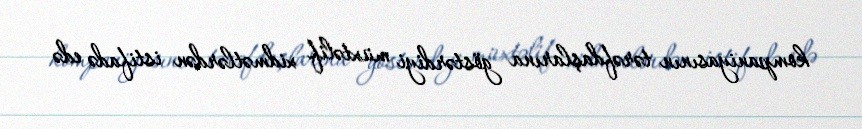
kompaniyasının tərəfdaşlarına göstərdiyi müxtəlif xidmətlərdən istifadə edə